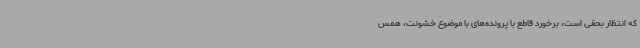
که انتظار بحقی است، برخورد قاطع با پرونده‌های با موضوع خشونت، همس